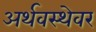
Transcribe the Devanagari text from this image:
अर्थवस्थेवर